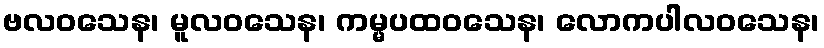
ဗလဝသေန၊ မူလဝသေန၊ ကမ္မပထဝသေန၊ လောကပါလဝသေန၊